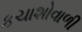
કચાશોવાળી